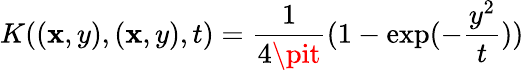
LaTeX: K((\mathbf{x},y),(\mathbf{x},y),t)={\frac{{1}}{{4\pit}}}(1-\exp(-{\frac{{y^{2}}}{{t}}}))